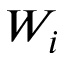
W _ { i }